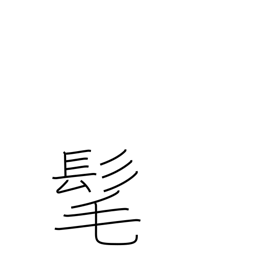
Meaning: long hair